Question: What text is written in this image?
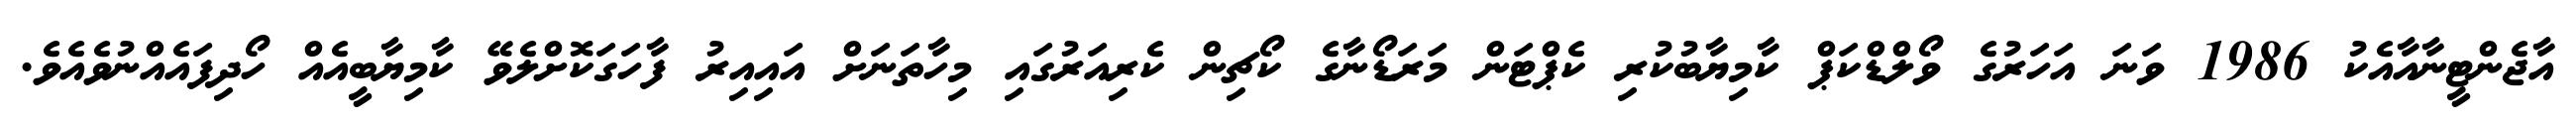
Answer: އާޖެންޓީނާއާއެކު 1986 ވަނަ އަހަރުގެ ވޯލްޑްކަޕް ކާމިޔާބުކުރި ކެޕްޓަން މަރަޑޯނާގެ ކޯޗިން ކެރިއަރުގައި މިހާތަނަށް އައިއިރު ފާހަގަކޮށްލެވޭ ކާމިޔާބީއެއް ހޯދިފައެއްނުވެއެވެ.